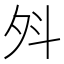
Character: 斘